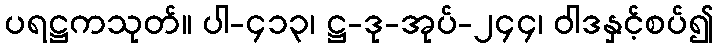
ပရဋ္ဌကသုတ်။ ပါ-၄၁၃၊ ဋ္ဌ-ဒု-အုပ်-၂၄၄၊ ဝါဒနှင့်စပ်၍